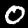
Label: 0